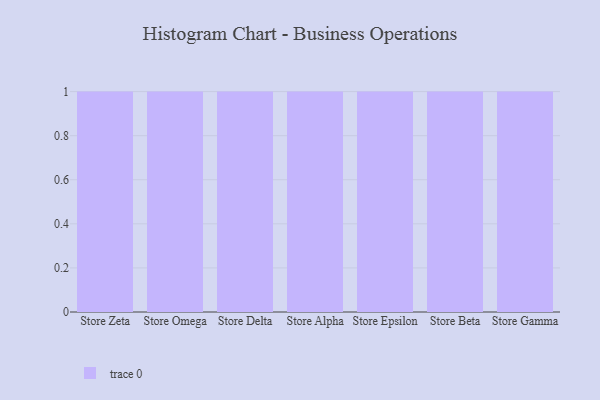
{"axis": {"x": "Store", "y": "Tickets Resolved"}, "legend": [""], "data": [{"x": "Store Zeta", "y": 14, "type": ""}, {"x": "Store Omega", "y": 15, "type": ""}, {"x": "Store Delta", "y": 7, "type": ""}, {"x": "Store Alpha", "y": 72, "type": ""}, {"x": "Store Epsilon", "y": 50, "type": ""}, {"x": "Store Beta", "y": 29, "type": ""}, {"x": "Store Gamma", "y": 31, "type": ""}]}